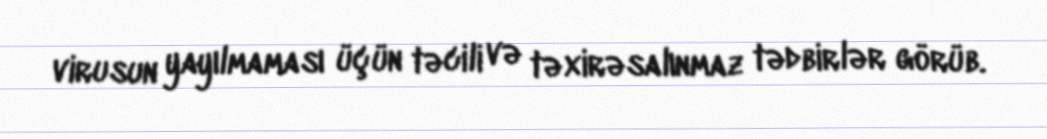
virusun yayılmaması üçün təcili və təxirəsalınmaz tədbirlər görüb.